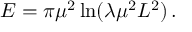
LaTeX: E = \pi \mu ^ { 2 } \ln ( \lambda \mu ^ { 2 } L ^ { 2 } ) \, .